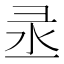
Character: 𱝟